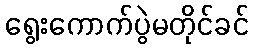
ရွေးကောက်ပွဲမတိုင်ခင်